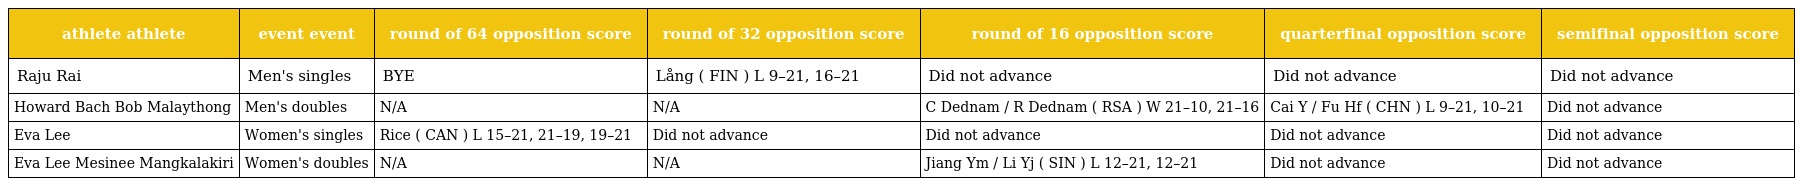
| athlete athlete | event event | round of 64 opposition score | round of 32 opposition score | round of 16 opposition score | quarterfinal opposition score | semifinal opposition score |
 | --- | --- | --- | --- | --- | --- | --- |
 | Raju Rai | Men's singles | BYE | Lång ( FIN ) L 9–21, 16–21 | Did not advance | Did not advance | Did not advance |
 | Howard Bach Bob Malaythong | Men's doubles | N/A | N/A | C Dednam / R Dednam ( RSA ) W 21–10, 21–16 | Cai Y / Fu Hf ( CHN ) L 9–21, 10–21 | Did not advance |
 | Eva Lee | Women's singles | Rice ( CAN ) L 15–21, 21–19, 19–21 | Did not advance | Did not advance | Did not advance | Did not advance |
 | Eva Lee Mesinee Mangkalakiri | Women's doubles | N/A | N/A | Jiang Ym / Li Yj ( SIN ) L 12–21, 12–21 | Did not advance | Did not advance |